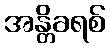
အန္တိခရစ်